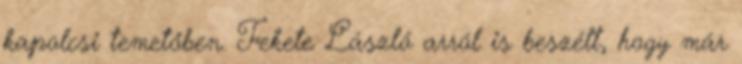
kapolcsi temetőben. Fekete László arról is beszélt, hogy már